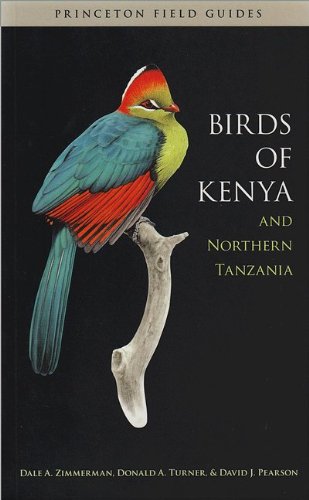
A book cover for Birds of Kenya and Northern Tanzania; Dale A. Zimmerman; History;